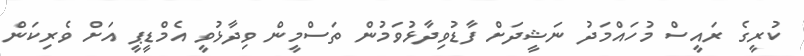
ކުރީގެ ރައީސް މުހައްމަދު ނަޝީދަށް ފާޑުވިދާޅުވަމުން ތަސްމީން ވިދާޅުވީ އެމްޑީޕީ އަށް ވެރިކަން